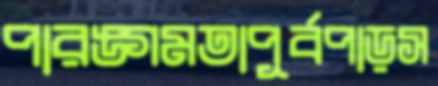
পারঙ্গমতাপূর্বপাড়স